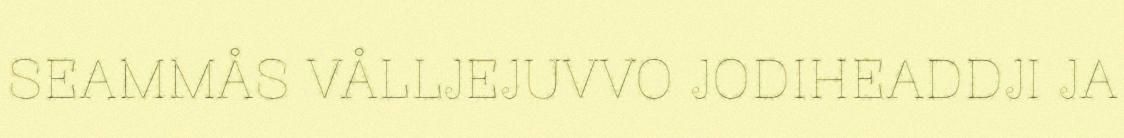
SEAMMÅS VÅLLJEJUVVO JODIHEADDJI JA